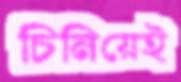
চিনিয়েই